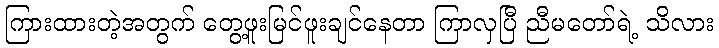
ကြားထားတဲ့အတွက် တွေ့ဖူးမြင်ဖူးချင်နေတာ ကြာလှပြီ ညီမတော်ရဲ့ သိလား